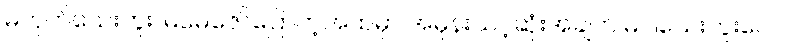
မဟုတ်သေးဘူး၊ မမေဇော်ပြောတဲ့အထဲမှာ အမုန်းသင့်ဆုံးအချက် မပါသေးဘူးလေ